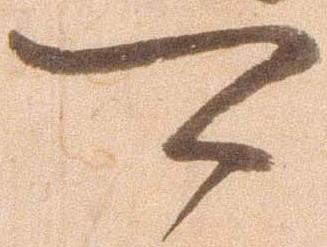
可